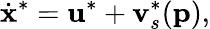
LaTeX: \dot{\mathbf{x}}^{*}=\mathbf{u}^{*}+\mathbf{v}_{s}^{*}(\mathbf{p}),